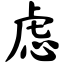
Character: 虑